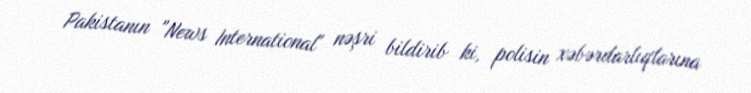
Pakistanın "News International" nəşri bildirib ki, polisin xəbərdarlıqlarına